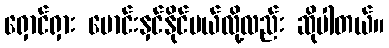
ရှောင်ရှား မောင်းနှင်နိုင်မယ်လို့လည်း ဆိုပါတယ်။